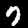
Label: 7